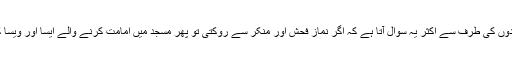
لادینوں اور ملحدوں کی طرف سے اکثر یہ سوال آتا ہے کہ اگر نماز فحش اور منکر سے روکتی تو پھر مسجد میں امامت کرنے والے ایسا اور ویسا کیوں کرتے ہیں۔